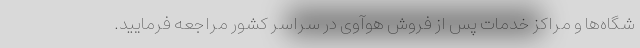
شگاه‌ها و مراکز خدمات پس از فروش هوآوی در سراسر کشور مراجعه فرمایید.